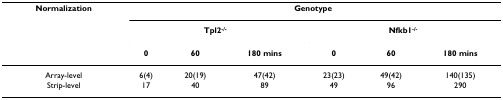
<table><thead><tr><td><b>Normalization</b></td><td colspan="6"><b>Genotype</b></td></tr><tr><td></td><td colspan="3"><b>Tpl2<sup>-/-</sup></b></td><td colspan="3"><b>Nfkb1<sup>-/-</sup></b></td></tr><tr><td></td><td><b>0</b></td><td><b>60</b></td><td><b>180 mins</b></td><td><b>0</b></td><td><b>60</b></td><td><b>180 mins</b></td></tr></thead><tbody><tr><td>Array-level</td><td>6(4)</td><td>20(19)</td><td>47(42)</td><td>23(23)</td><td>49(42)</td><td>140(135)</td></tr><tr><td>Strip-level</td><td>17</td><td>40</td><td>89</td><td>49</td><td>96</td><td>290</td></tr></tbody></table>